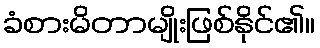
ခံစားမိတာမျိုးဖြစ်နိုင်၏။